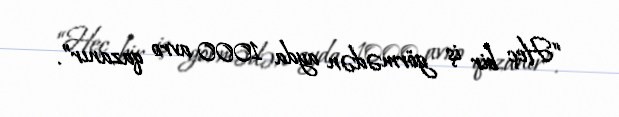
“Heç bir iş görmədən ayda 1000 avro qazanır”.